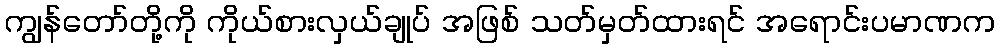
ကျွန်တော်တို့ကို ကိုယ်စားလှယ်ချုပ် အဖြစ် သတ်မှတ်ထားရင် အရောင်းပမာဏက